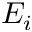
E _ { i }